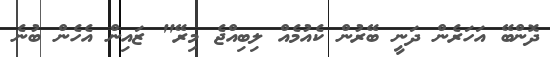
ދޮންބޭ އަހަރެން ދަނީ ބޭރުން ކެއުމެއް ލިބިއްޖެ މިރޭ" ޒައިން އެހެން ބުނެ